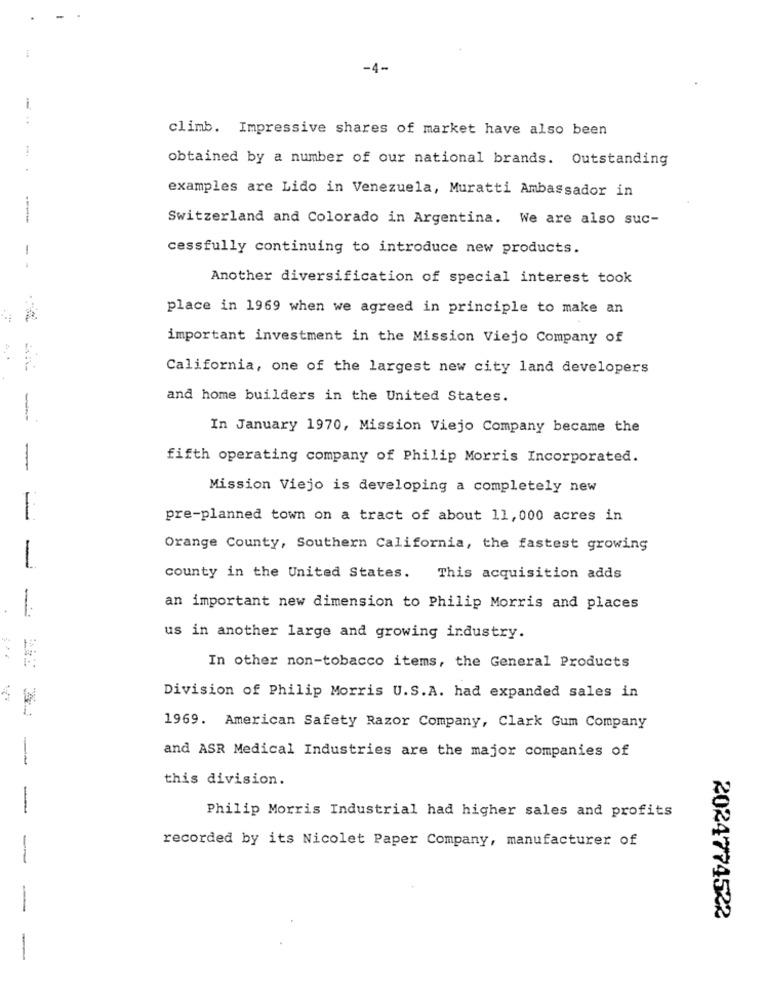
-4-
climb. Impressive shares of market have also been
obtained by a number of our national brands. Outstanding
examples are Lido in Venezuela, Muratti Ambassador in
Switzerland and Colorado in Argentina. We are also suc-
-
cessfully continuing to introduce new products.
Another diversification of special interest took
place in 1969 when we agreed in principle to make an
important investment in the Mission Viejo Company of
California, one of the largest new city land developers
and home builders in the United States.
-
In January 1970, Mission Viejo Company became the
fifth operating company of Philip Morris Incorporated.
-
Mission Viejo is developing a completely new
-
pre-planned town on a tract of about 11,000 acres in
Orange County, Southern California, the fastest growing
-
county in the United States.
This acquisition adds
an important new dimension to Philip Morris and places
us in another large and growing industry.
In other non-tobacco items, the General Products
Division of Philip Morris U.S.A. had expanded sales in
1969. American Safety Razor Company, Clark Gum Company
-
and ASR Medical Industries are the major companies of
this division.
-
Philip Morris Industrial had higher sales and profits
recorded by its Nicolet Paper Company, manufacturer of
-
2024774522